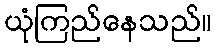
ယုံကြည်နေသည်။